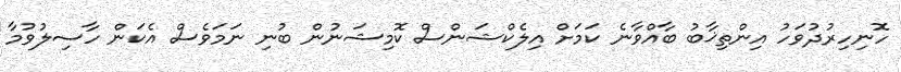
ހޮނިހިރުދުވަހު އިންތިޚާބު ބާއްވާނެ ކަމަށް އިލެކްޝަންސް ކޮމިޝަނުން ބުނި ނަމަވެސް އެކަން ހާސިލުވުމާ